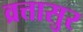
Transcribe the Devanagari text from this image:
व्रत्तासुर